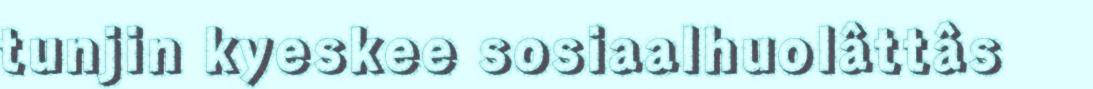
tunjin kyeskee sosiaalhuolâttâs